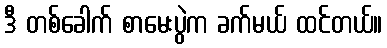
ဒီ တစ်ခေါက် စာမေးပွဲက ခက်မယ် ထင်တယ်။